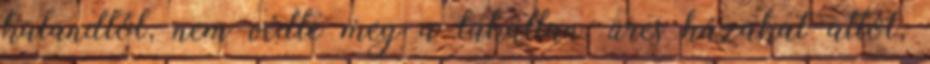
kalandtól, nem védte meg a lakatlan, üres házakat attól,